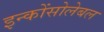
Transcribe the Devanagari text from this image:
इन्कोंसोलेबल